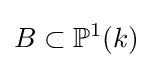
B\subset \mathbb {P} ^{1}(k)